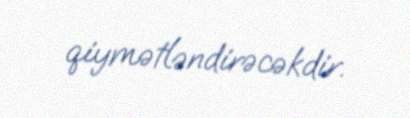
qiymətləndirəcəkdir.